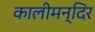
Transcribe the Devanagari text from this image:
कालीमन्दिर